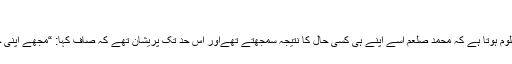
“
اس سے صاف معلوم ہوتا ہے کہ محمد صلعم اسے اپنے ہی کسی حال کا نتیجہ سمجھتے تھےاور اس حد تک پریشان تھے کہ صاف کہا: “مجھے اپنی جان کا خطرہ ہے۔